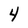
Character: 4